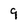
Character: 9